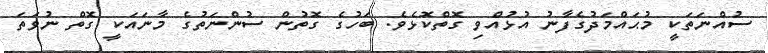
ސުއްނަތަކީ މުޙައްމަދުގެފާނު އުޅުއްވި ގޮތްކޮޅެވެ. ބަހުގެ ގޮތުން ސުންނަތުގެ މާނައަކީ ގޮތް ނުވަތަ